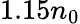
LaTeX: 1.15n_{0}